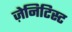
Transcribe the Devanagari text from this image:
ज़ेनिटिस्ट